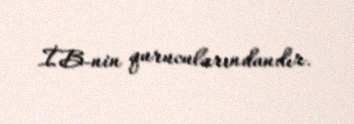
İB-nin qurucularındandır.